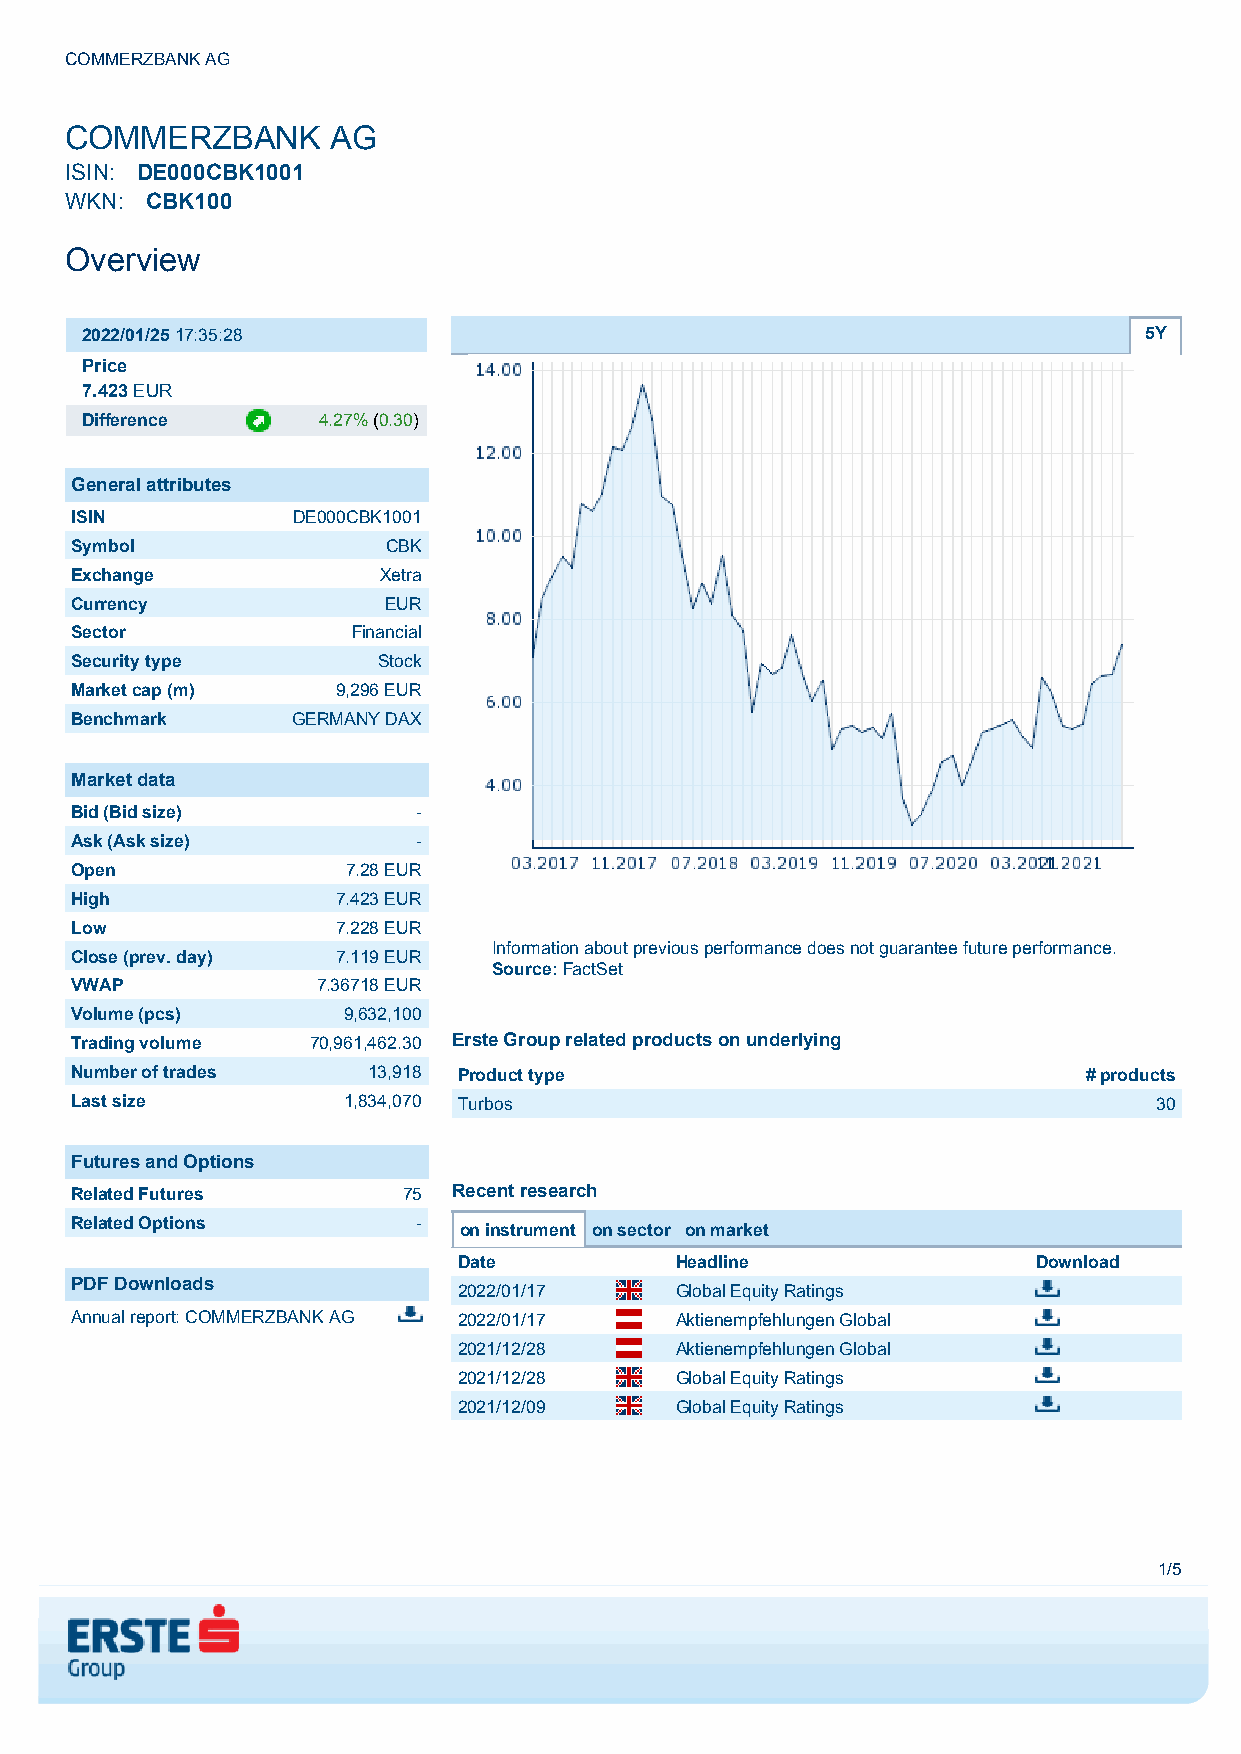
COMMERZBANK AG
 COMMERZBANK       AG
 ISIN: DE000CBK1001
 WKN:  CBK100
 Overview
 2022/01/2517:35:28                                                     5Y
 Price
 7.423EUR
 Difference      4.27%(0.30)
 General attributes
 ISIN          DE000CBK1001
 Symbol               CBK
 Exchange            Xetra
 Currency            EUR
 Sector            Financial
 Security type       Stock
 Market cap (m)   9,296 EUR
 Benchmark     GERMANY DAX
 Market data
 Bid (Bid size)         -
 Ask (Ask size)         -
 Open              7.28 EUR
 High             7.423 EUR
 Low              7.228 EUR
 Information about previous performance does not guarantee future performance.
 Close (prev. day) 7.119 EUR
 Source:FactSet
 VWAP            7.36718 EUR
 Volume (pcs)      9,632,100
 Trading volume  70,961,462.30 Erste Group related products on underlying
 Number of trades   13,918 Product type                             # products
 Last size         1,834,070 Turbos                                     30
 Futures and Options
 Related Futures       75 Recent research
 Related Options        -
 on instrument on sector on market
 Date           Headline                Download
 PDF Downloads
 2022/01/17     Global Equity Ratings
 Annual report: COMMERZBANK AG 2022/01/17 Aktienempfehlungen Global
 2021/12/28     Aktienempfehlungen Global
 2021/12/28     Global Equity Ratings
 2021/12/09     Global Equity Ratings
 1/5